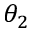
\theta _ { 2 }